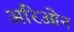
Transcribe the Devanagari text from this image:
अरिओन